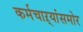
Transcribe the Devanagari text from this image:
कर्मचाऱ्यांसमोर